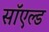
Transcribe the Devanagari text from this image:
सॉएल्ड